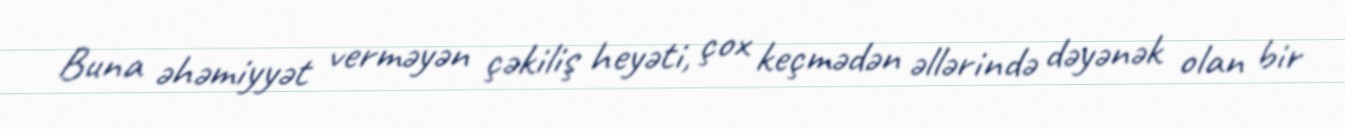
Buna əhəmiyyət verməyən çəkiliş heyəti, çox keçmədən əllərində dəyənək olan bir